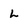
Character: L